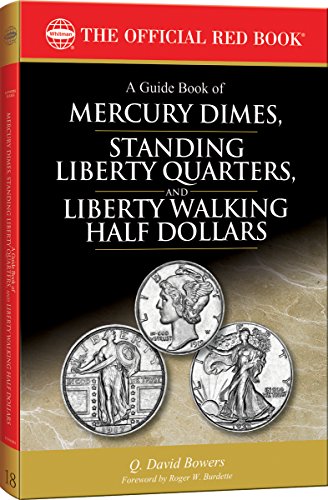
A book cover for A Guide Book of Mercury Dimes, Standing Liberty Quarters, and Liberty Walking Half Dollars, 1st Edition; Q. David Bowers; Crafts, Hobbies & Home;